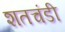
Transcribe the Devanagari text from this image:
शतचंडी